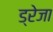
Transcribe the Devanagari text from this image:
ड्रेजा